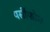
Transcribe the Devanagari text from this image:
पर्सीफोन